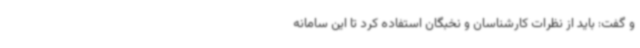
و گفت: باید از نظرات کارشناسان و نخبگان استفاده کرد تا این سامانه